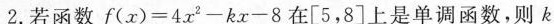
2.若函数f(x)=4x2-kx-8在[5，8]上是单调函数，则k